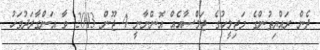
ދެން ރައްޔިތުންގެ މަޖިލީހުގެ ޖަލްސާއެއް އޮންނާނީ 4 ޖޫން 2013 ވާ އަންގާރަދުވަހު